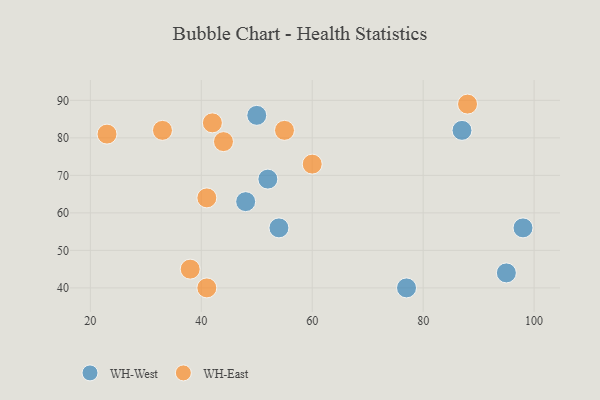
{"axis": {"x": "GDP", "y": "Life Expectancy"}, "legend": ["WH-East", "WH-West"], "data": [{"x": "77", "y": 40, "type": "WH-West"}, {"x": "50", "y": 86, "type": "WH-West"}, {"x": "48", "y": 63, "type": "WH-West"}, {"x": "98", "y": 56, "type": "WH-West"}, {"x": "87", "y": 82, "type": "WH-West"}, {"x": "52", "y": 69, "type": "WH-West"}, {"x": "95", "y": 44, "type": "WH-West"}, {"x": "54", "y": 56, "type": "WH-West"}, {"x": "42", "y": 84, "type": "WH-East"}, {"x": "60", "y": 73, "type": "WH-East"}, {"x": "55", "y": 82, "type": "WH-East"}, {"x": "41", "y": 40, "type": "WH-East"}, {"x": "44", "y": 79, "type": "WH-East"}, {"x": "41", "y": 64, "type": "WH-East"}, {"x": "33", "y": 82, "type": "WH-East"}, {"x": "23", "y": 81, "type": "WH-East"}, {"x": "88", "y": 89, "type": "WH-East"}, {"x": "38", "y": 45, "type": "WH-East"}]}